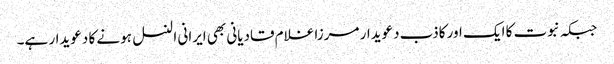
جبکہ نبوت کا ایک اور کاذب دعویدار مرزا غلام قادیانی بھی ایرانی النسل ہونے کا دعویدار ہے۔